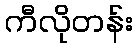
ကီလိုတန်း